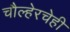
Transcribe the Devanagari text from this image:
चौल्हेरचेही